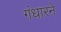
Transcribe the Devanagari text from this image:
गंधारने